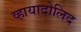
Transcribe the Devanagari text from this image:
व्हायादोलिद